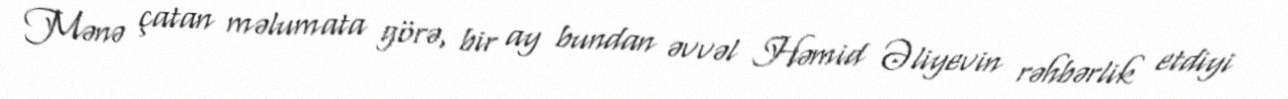
Mənə çatan məlumata görə, bir ay bundan əvvəl Həmid Əliyevin rəhbərlik etdiyi